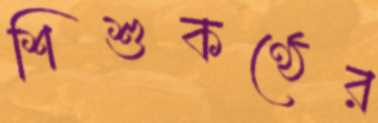
শিশুকণ্ঠের